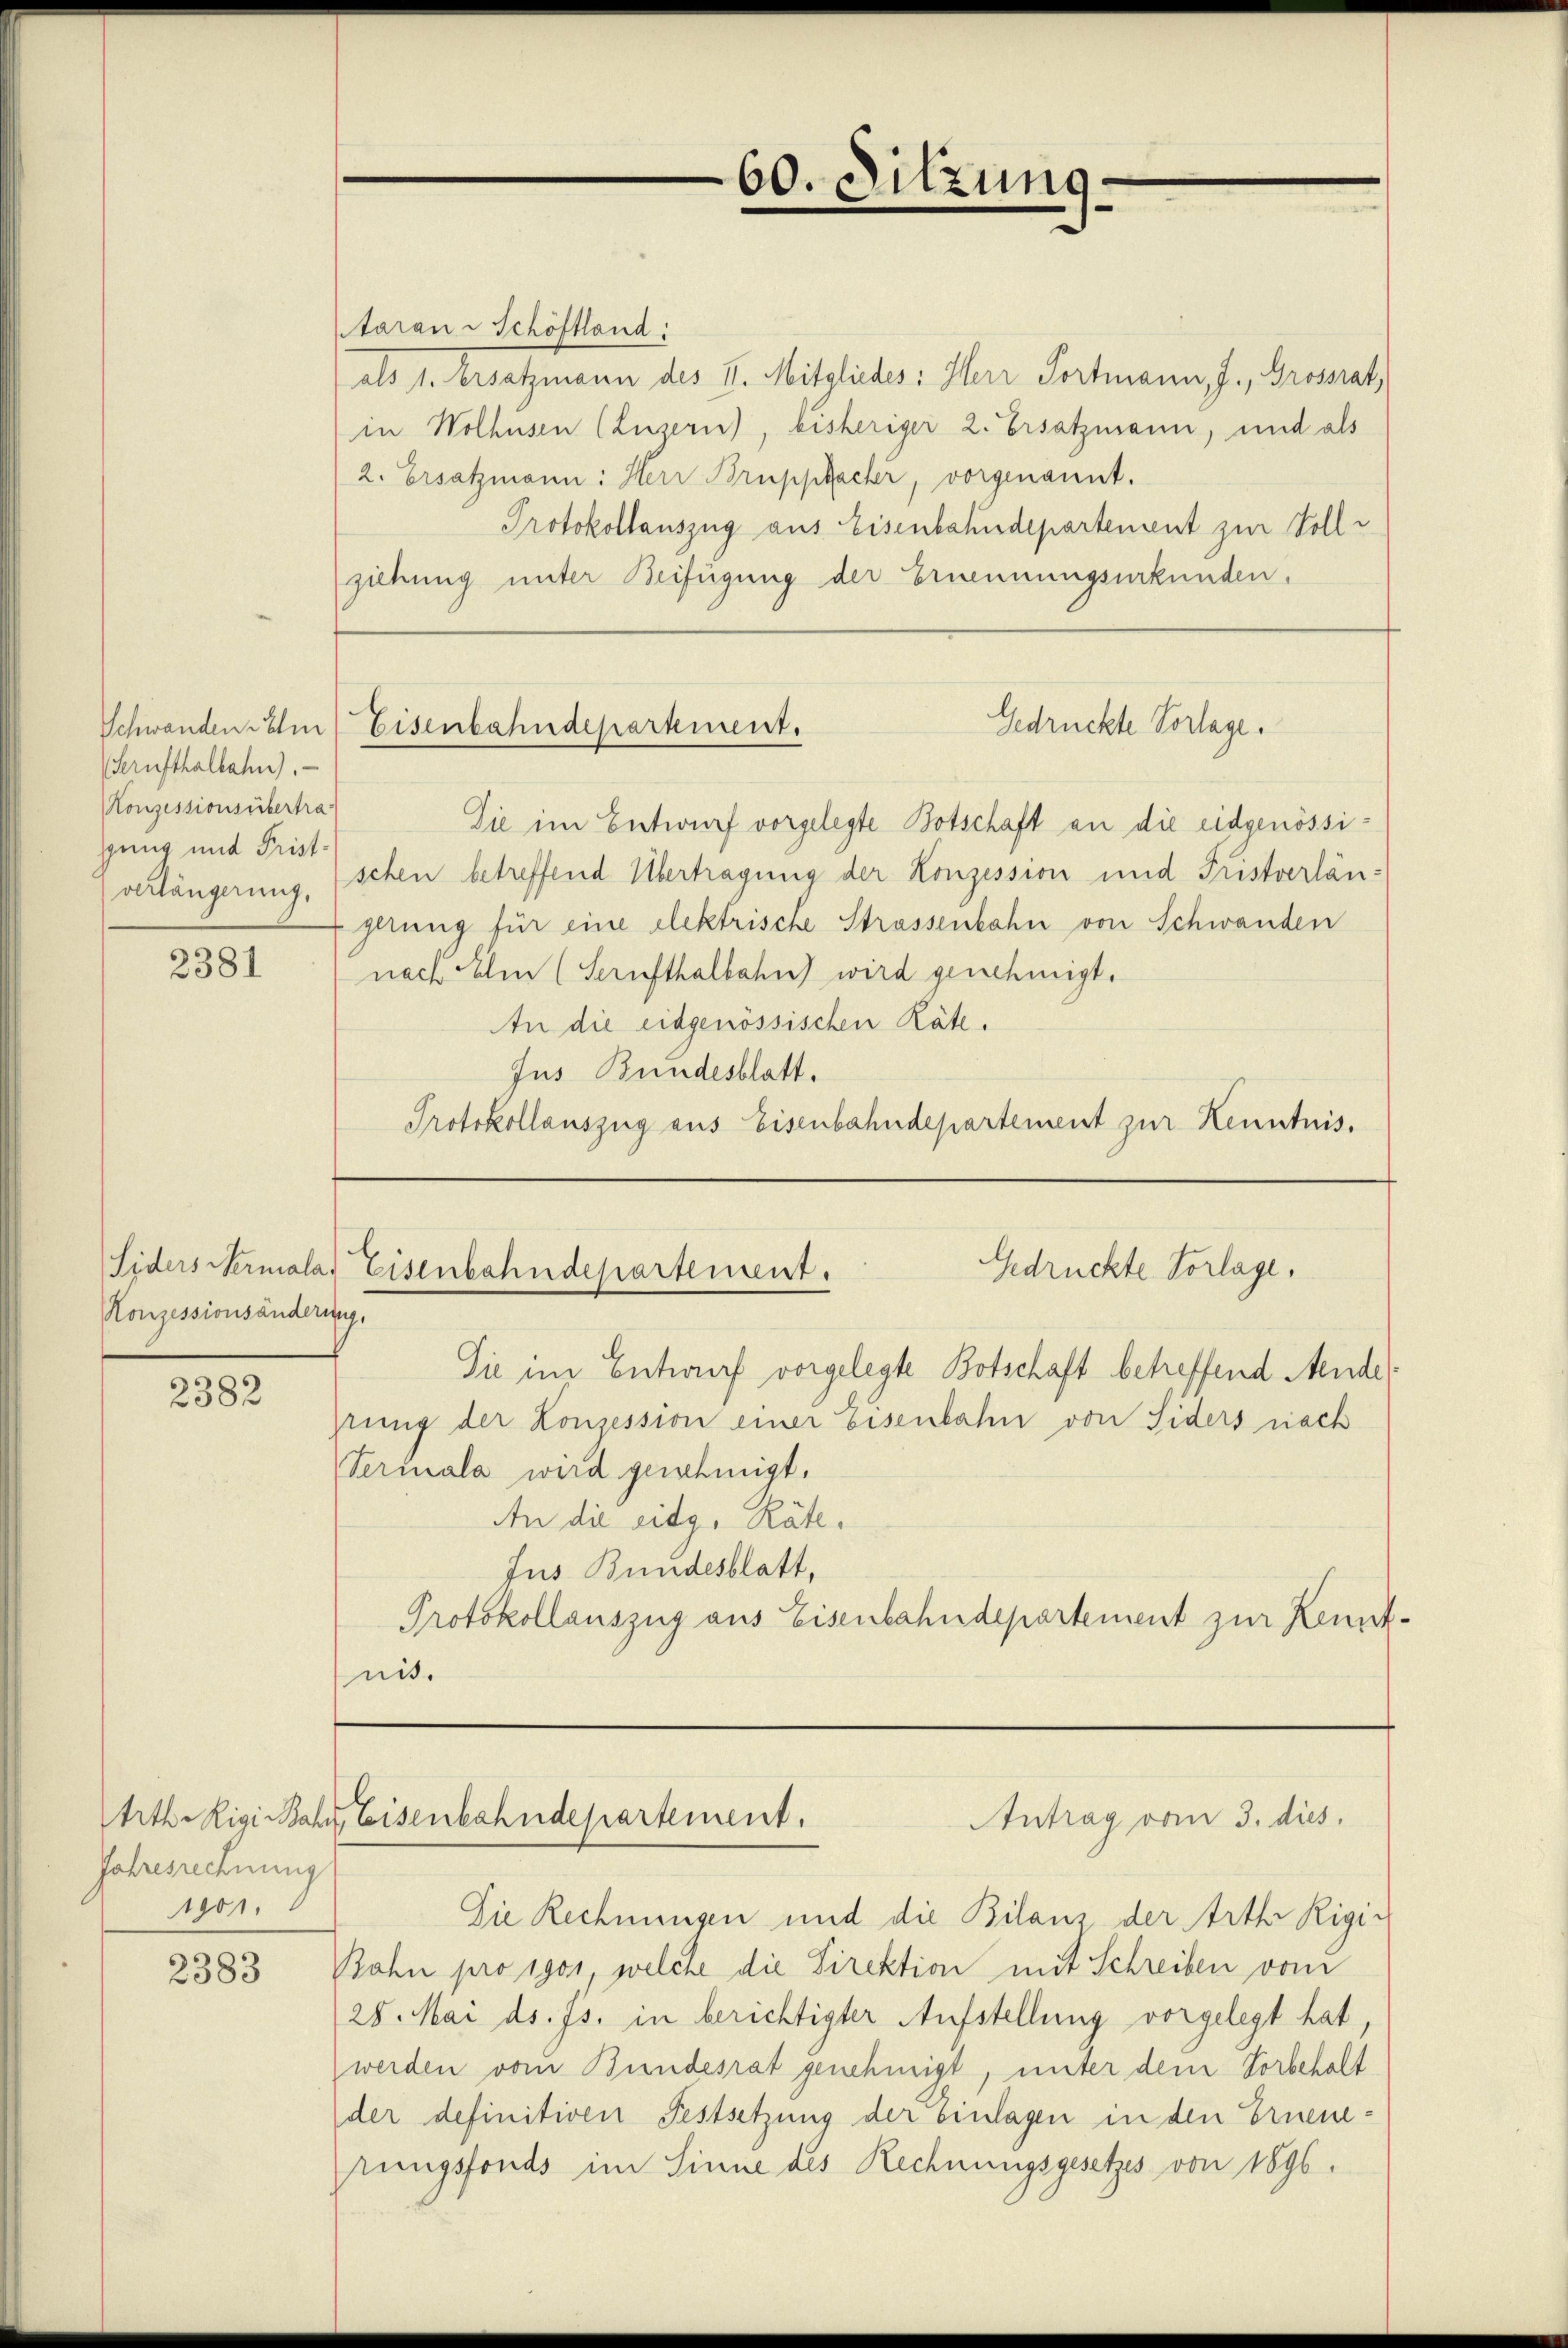
(Sernsthalbahn.
Konzessionsübertra
gung und Frist.
verlängerung.

2381

Konzessionsänderung,

2382

Jahresrechnung
1901.

2383

Die im Entwurf vorgelegte Botschaft an die eidgenössischen betreffend Übertragung der Konzession und Fristverlängerung für eine elektrische Strassenbahn von Schwanden
nach Um (Serufthalbahn wird genehmigt.
An die eidgenössischen Räte.
Jus Bundesblatt.
Protokollauszug aus Eisenbahndepartement zur Kenntnis.

Aaran Schöftland:
als 1. Ersatzmann des II. Mitgliedes: Herr Portmann, J., Grossrat,
in Wolhusen (Luzern, bisheriger 2. Ersatzmann, und als
2. Ersatzmann: Herr Bruppacher, vorgenannt.
Protokollauszug aus Eisenbahndepartement zur Solle
ziehung unter Beifügung der Ernennungsurkunden.

Sie im Entwurf vorgelegte Botschaft betreffend Aende
zung der Konzession einer Eisenbahn von Siders nach
Verinala wird genehmigt.
An die sitg. Räte¬
Jus Bundesblatt,
Protokollauszug aus Eisenbahndepartement zur Kenntnit.

Die Rechnungen und die Bilanz der Arth Rigi-
Bahn pro 1901, welche die Direktion mit Schreiben vom
28. Mai d. Js. in berichtigter Aufstellung vorgelegt hat,
werden vom Bundesrat genehmigt, unter dem Vorbehalt
der definitiven Festsetzung der Einlagen in den Erneuerungsfonds im Sinne des Rechnungsgesetzes von 1896.

60. Sitzung

Gedrückte Vorlage.
Schwanden dem Eisenbahndepartement.

Siders Hermala. Eisenbahndepartement.
Gedrückte Vorlage.

trth. Rigi wahre Eisenbahndepartement.
Antrag vom 3. dies.